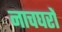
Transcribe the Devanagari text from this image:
नाचघरों